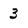
Character: 3